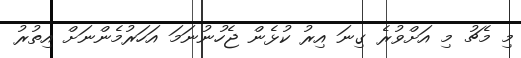
މި މެޗު މި އަށްވުރެ ގިނަ އިރު ކުޅެން ޖެހުނުނަމަ އަހަރުމެންނަށް އިތުރު